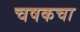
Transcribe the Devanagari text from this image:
चषकचा